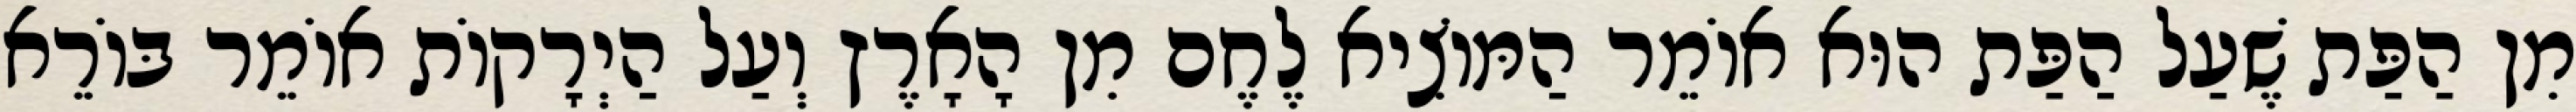
מִן הַפַּת שֶׁעַל הַפַּת הוּא אוֹמֵר הַמּוֹצִיא לֶחֶם מִן הָאָרֶץ וְעַל הַיְרָקוֹת אוֹמֵר בּוֹרֵא